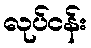
လုပ်ငန်း